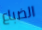
الضباع